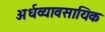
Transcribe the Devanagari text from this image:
अर्धव्यावसायिक